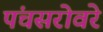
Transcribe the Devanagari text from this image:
पंचसरोवरे